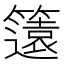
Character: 𮆡